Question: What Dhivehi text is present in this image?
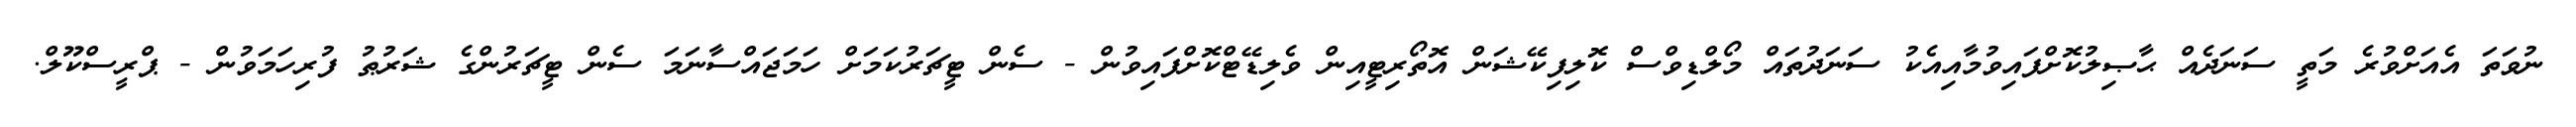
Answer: ނުވަތަ އެއަށްވުރެ މަތީ ސަނަދެއް ޙާޞިލުކޮށްފައިވުމާއިއެކު ސަނަދުތައް މޯލްޑިވްސް ކޮލިފިކޭޝަން އޮތޯރިޓީއިން ވެލިޑޭޓްކޮށްފައިވުން - ސެން ޓީޗަރުކަމަށް ހަމަޖައްސާނަމަ ސެން ޓީޗަރުންގެ ޝަރުޠު ފުރިހަމަވުން - ޕްރީސްކޫލް.